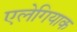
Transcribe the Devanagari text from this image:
एलेगियाक